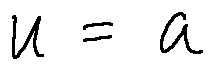
u = a